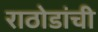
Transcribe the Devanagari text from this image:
राठोडांची